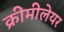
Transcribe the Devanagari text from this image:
क्रीमीलेयर